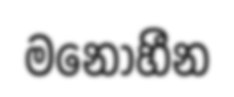
මනෝහීන